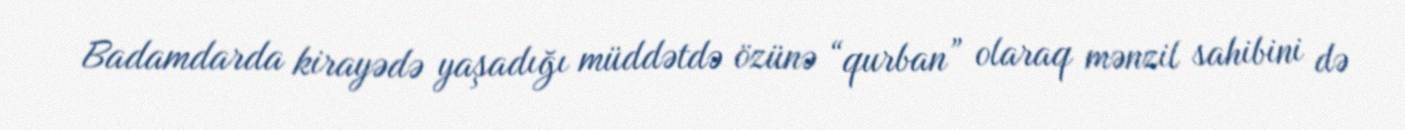
Badamdarda kirayədə yaşadığı müddətdə özünə “qurban” olaraq mənzil sahibini də